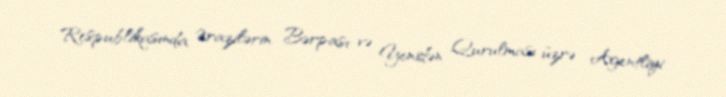
Respublikasında Ərazilərin Bərpası və Yenidən Qurulması üzrə Agentliyi